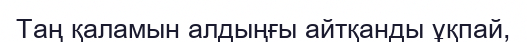
Таң қаламын алдыңғы айтқанды ұқпай,